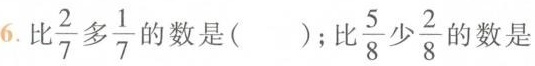
6.比\frac{2}{7}多 \frac{1}{7} 的数是()；比 \frac{5}{8} 少 \frac{2}{8} 的是